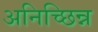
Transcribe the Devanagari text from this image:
अनिच्छिन्न